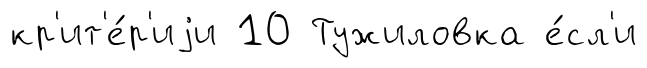
кр'ит'е́р'иjи 10 Тужиловка е́сл'и